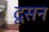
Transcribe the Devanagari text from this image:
दूसन